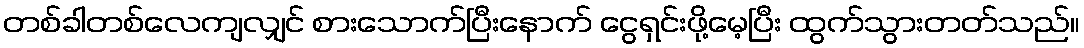
တစ်ခါတစ်လေကျလျှင် စားသောက်ပြီးနောက် ငွေရှင်းဖို့မေ့ပြီး ထွက်သွားတတ်သည်။